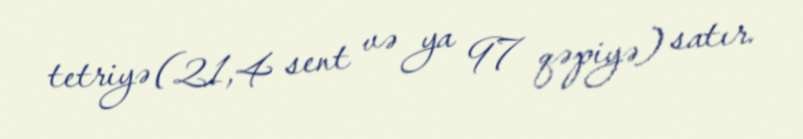
tetriyə (21,4 sent və ya 97 qəpiyə) satır.